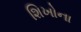
શિખોના